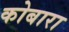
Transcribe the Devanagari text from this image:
कोबारा